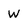
Character: W